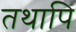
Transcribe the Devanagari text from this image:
तथापि